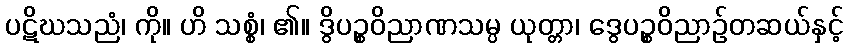
ပဋိဃသညံ၊ ကို။ ဟိ သစ္စံ၊ ၏။ ဒွိပဉ္စဝိညာဏသမ္ပ ယုတ္တာ၊ ဒွေပဉ္စဝိညာဉ်တဆယ်နှင့်